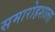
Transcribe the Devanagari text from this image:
समारोहशाला